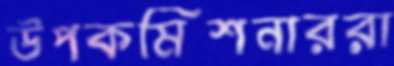
উপকমিশনাররা